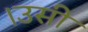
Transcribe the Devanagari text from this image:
।उसी